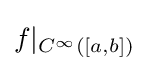
f|_{C^{\infty }([a,b])}